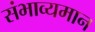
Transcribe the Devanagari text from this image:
संभाव्यमान